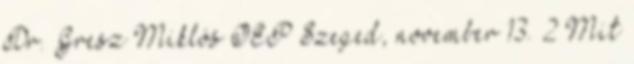
Dr. Gresz Miklós OEP Szeged, november 13. 2 Mit